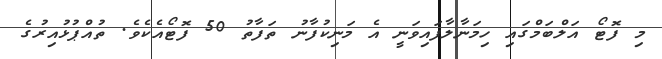
މި ފޮޓޯ އަލްބަމްގައި ހިމަނާލާފައިވަނީ އެ މަނިކުފާނު ތަފާތު 50 ފޮޓޯއެކެވެ. ތުއްޕުޅުއިރުގެ